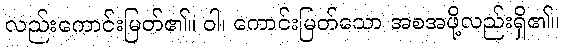
လည်းကောင်းမြတ်၏။ ဝါ၊ ကောင်းမြတ်သော အစအဖို့လည်းရှိ၏။